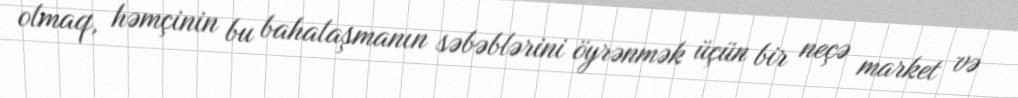
olmaq, həmçinin bu bahalaşmanın səbəblərini öyrənmək üçün bir neçə market və